Indian journal of veterinary science and animal husbandry - Volumes 22-23, 1952-1953
Year: 1952
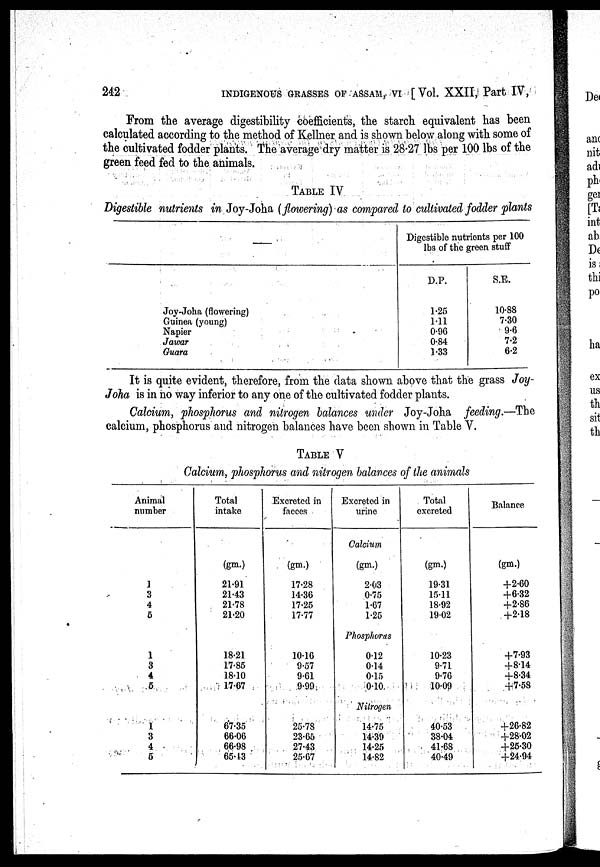
242 INDIGENOUS GRASSES OF ASSAM, VI [Vol. XXII, Part IV,
From the average digestibility coefficients, the starch equivalent has been
calculated according to the method of Kellner and is shown below along with some of
the cultivated fodder plants. The average dry matter is 28.27 lbs per 100 lbs of the
green feed fed to the animals.
TABLE IV
Digestible nutrients in Joy-Joha (flowering) as compared to cultivated fodder plants
—
Joy-Joha (flowering)
Guinea (young)
Napier
Jawar
Quara
Digestible nutrients per 100
lbs of the green stuff
D.P.
1.25
1.11
0.96
0.84
1.33
S.E.
10.88
7.30
9.6
7.2
6.2
It is quite evident, therefore, from the data shown above that the grass Joy-
Joha is in no way inferior to any one of the cultivated fodder plants.
Calcium, phosphorus and nitrogen balances under Joy-Joha feeding.—The
calcium, phosphorus and nitrogen balances have been shown in Table V.
TABLE V
Calcium, phosphorus and nitrogen balances of the animals
Animal
number
1
3
4
5
1
3
4
6
1
3
4
5
Total
intake
(gm.)
21.91
21.43
21.78
21.20
18.21
17.85
18.10
17.67
67.35
66.06
66.98
65.43
Excreted in
faeces
(gm.)
17.28
14.36
17.25
17.77
10.16
9.57
9.61
9.99
25.78
23.65
27.43
25.67
Excreted in
urine
Calcium
(gm.)
2.03
0.75
1.67
1.25
Phosphorus
0.12
0.14
0.15
0.10
Nitrogen
14.75
14.39
14.25
14.82
Total
excreted
(gm.)
19.31
15.11
18.92
19.02
10.23
9.71
9.76
10.09
40.53
38.04
41.68
40.49
Balance
(gm.)
+2.60
+6.32
+2.86
+2.18
+7.93
+8.14
+8.34
+7.58
+26.82
+28.02
+25.30
+24.94